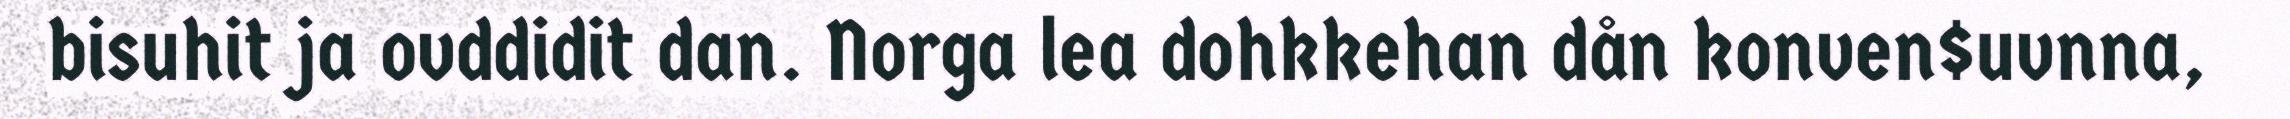
bisuhit ja ovddidit dan. Norga lea dohkkehan dån konven$uvnna,